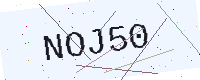
Text: NOJ50